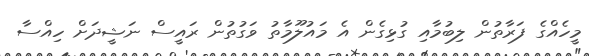
މީހެއްގެ ފަރާތުން ލިބުމާއި ގުޅިގެން އެ މައުލޫމާތު ވަގުތުން ރައީސް ނަޝީދަށް ހިއްސާ